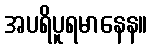
အပရိပူရမာနေန။